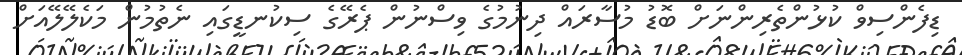
ޑިފެންސިވް ކުޅުންތެރިންނަށް ބޮޑު މުސާރައް ދިނުމުގެ ވިސްނުން ޕެރޭގެ ސިކުނޑީގައި ނެތުމުން މަކެލޭލޭއަށް